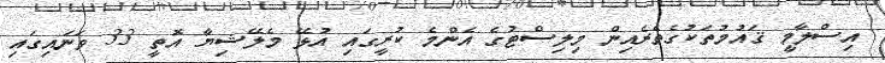
އިސްލާމީ ޤައުމުތަކުގެތެރެއިން މިލިސްޓުގެ އެންމެ ކުރީގައި އުޅޭ މެލޭޝިޔާ އޮތީ 33 ވަނައިގައި